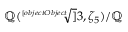
\mathbb { Q } ( { \sqrt [ [object Object] ] { 3 } } , \zeta _ { 5 } ) / \mathbb { Q }